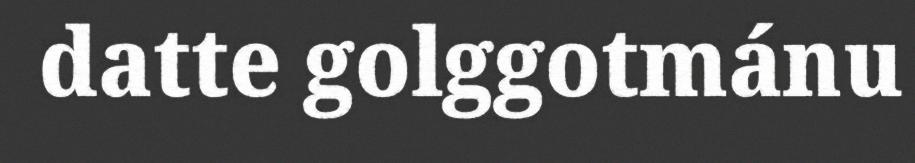
datte golggotmánu